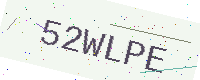
Text: 52WLPE